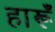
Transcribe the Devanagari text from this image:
हारूँ